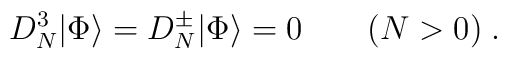
D_N^3 |\Phi\rangle= D_N^\pm |\Phi\rangle=0\qquad (N>0)\; .